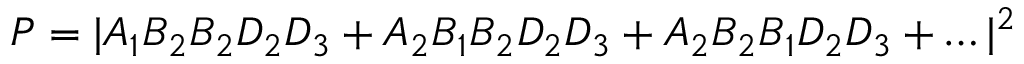
P = | A _ { 1 } B _ { 2 } B _ { 2 } D _ { 2 } D _ { 3 } + A _ { 2 } B _ { 1 } B _ { 2 } D _ { 2 } D _ { 3 } + A _ { 2 } B _ { 2 } B _ { 1 } D _ { 2 } D _ { 3 } + \ldots | ^ { 2 }